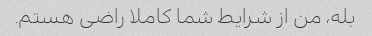
بله، من از شرایط شما کاملا راضی هستم.